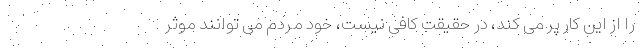
را از این کار پر می کند، در حقیقت کافی نیست، خود مردم می توانند موثر